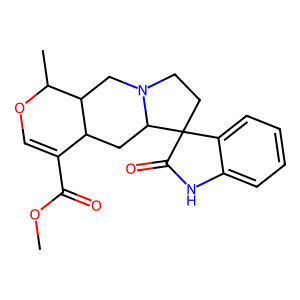
SMILES: COC(=O)C1=COC(C)C2CN3CCC4(C(=O)Nc5ccccc54)C3CC12
Inhibits HIV replication: No